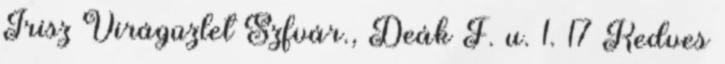
Írisz Virágüzlet Szfvár., Deák F. u. 1. 17 Kedves